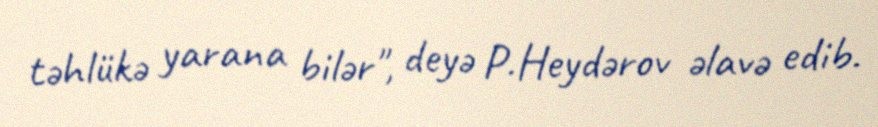
təhlükə yarana bilər", deyə P.Heydərov əlavə edib.